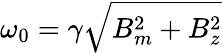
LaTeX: \omega_{0}=\gamma\sqrt{B_{m}^{2}+B_{z}^{2}}